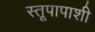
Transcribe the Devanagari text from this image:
स्तूपापाशी